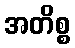
အတိစ္စ